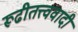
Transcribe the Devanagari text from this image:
रूढीतत्त्ववादी